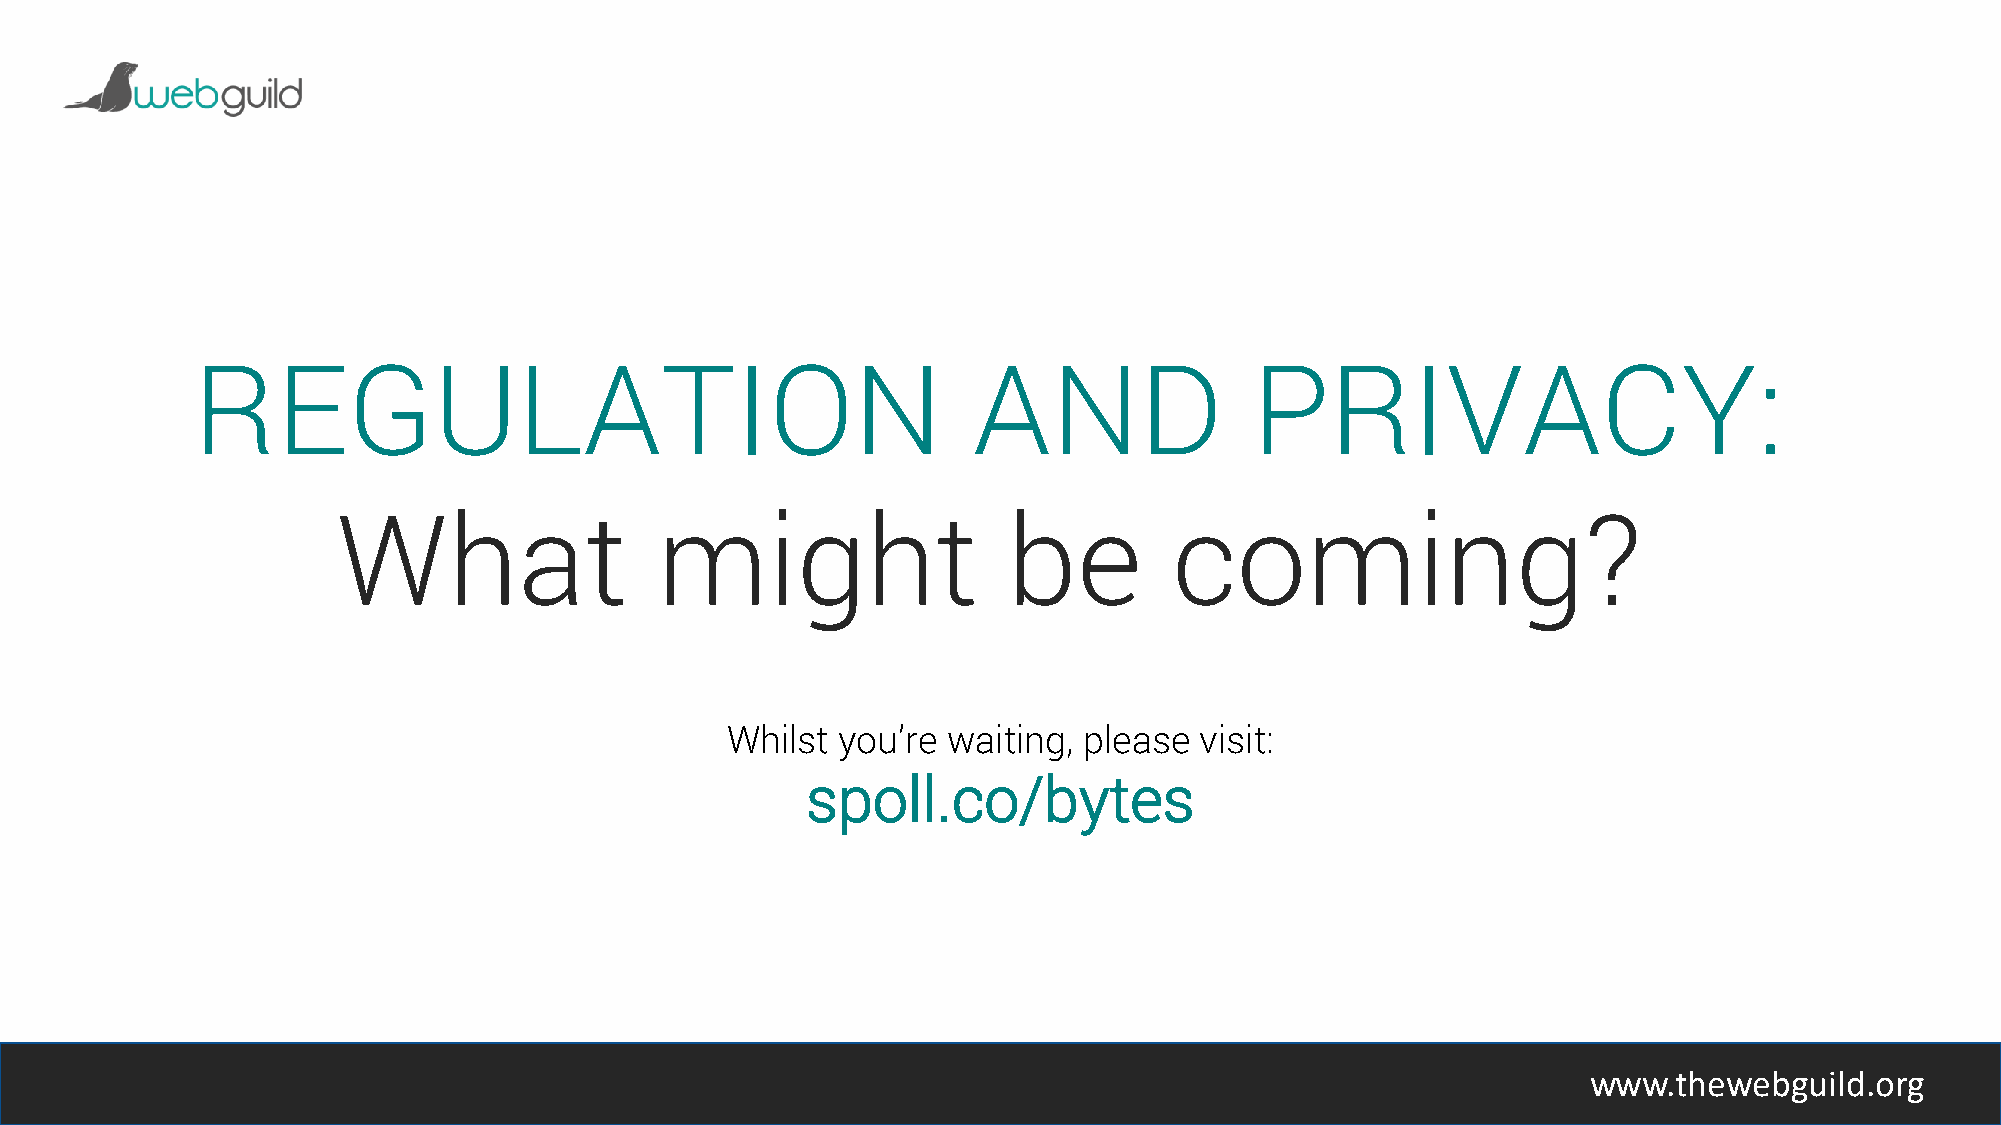
REGULATION                                         AND                PRIVACY:
 What                 might                   be         coming?
 Whilst  you’re waiting, please visit:
 spoll.co/bytes
 www.thewebguild.org